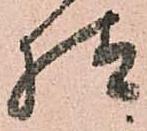
様